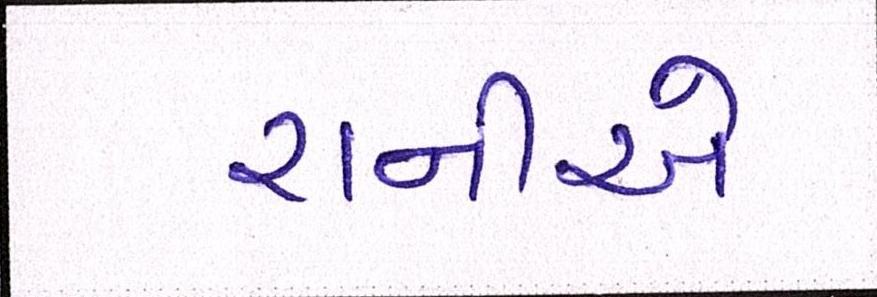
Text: રાનીએ